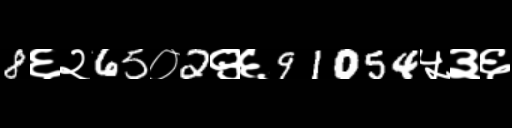
Text: 8६२65०2९६91054५३६